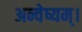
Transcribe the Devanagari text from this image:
अन्वेष्यम्।